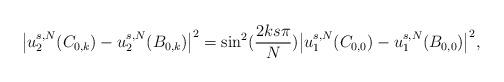
LaTeX: \begin{align*}\big|u_2^{s,N}(C_{0,k}) - u_2^{s,N}(B_{0,k})\big|^2 &= \sin^2(\frac{2ks\pi}{N}) \big|u_1^{s,N}(C_{0,0}) - u_1^{s,N}(B_{0,0})\big|^2, \end{align*}